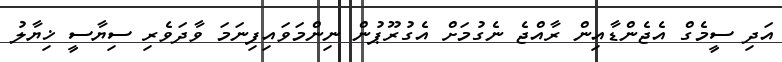
އަދި ސީމެގް އެޖެންޑާއިން ރާއްޖެ ނެގުމަށް އެގުރޫޕުން ނިންމަވައިފިނަމަ ވާދަވެރި ސިޔާސީ ޚިޔާލު